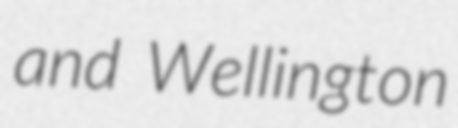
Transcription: and Wellington